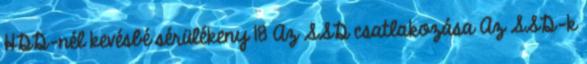
HDD-nél kevésbé sérülékeny 18 Az SSD csatlakozása Az SSD-k